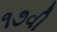
૧૭વી